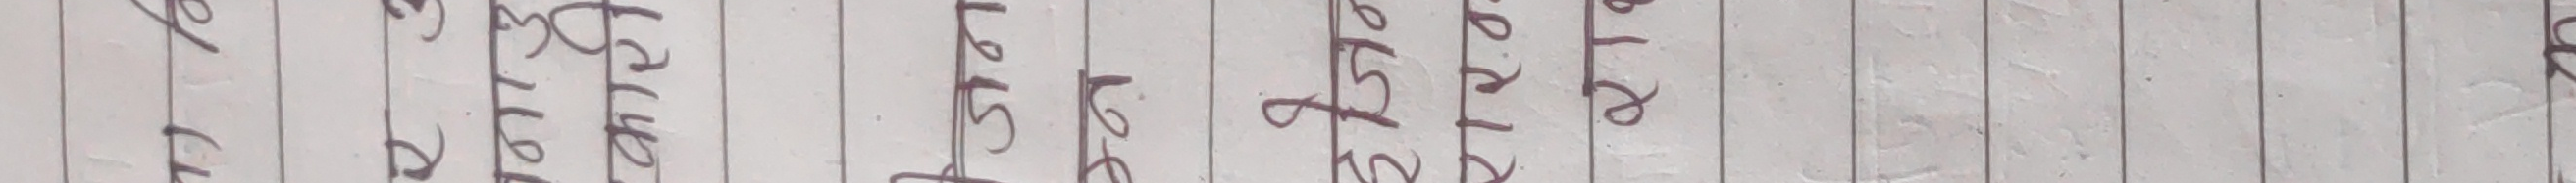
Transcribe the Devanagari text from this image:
हे. यस्ता कुराले